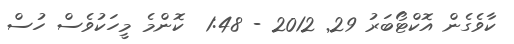
ކާވެގެން އޮކްޓޯބަރު 29